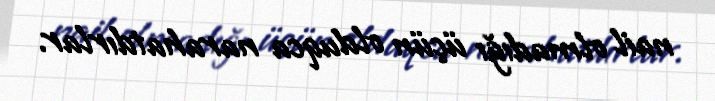
nail olmadığı üçün olduqca narahatdırlar.